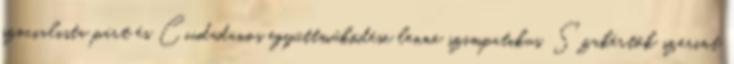
szocialista párt és Ciudadanos együttműködése lenne szimpatikus. Szakértők szerint